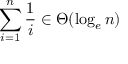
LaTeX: \sum _ { i = 1 } ^ { n } { \frac { 1 } { i } } \in \Theta ( \log _ { e } n )